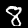
Label: 8